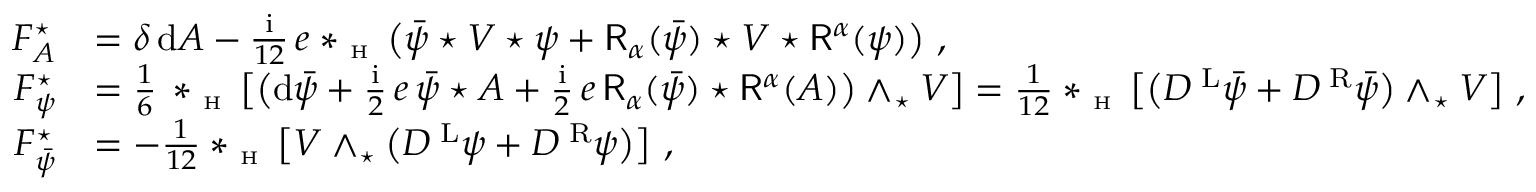
\begin{array} { r l } { F _ { A } ^ { \star } } & { = \delta \, \mathrm { d } A - \frac { { \mathrm { i } } } { 1 2 } \, e \ast _ { \textrm { \tiny H } } \big ( \bar { \psi } \star V \star \psi + \mathsf { R } _ { \alpha } ( \bar { \psi } ) \star V \star \mathsf { R } ^ { \alpha } ( \psi ) \big ) \ , } \\ { F _ { \psi } ^ { \star } } & { = \frac 1 6 \, \ast _ { \textrm { \tiny H } } \big [ \big ( \mathrm { d } \bar { \psi } + \frac { { \mathrm { i } } } { 2 } \, e \, \bar { \psi } \star A + \frac { { \mathrm { i } } } { 2 } \, e \, \mathsf { R } _ { \alpha } ( \bar { \psi } ) \star \mathsf { R } ^ { \alpha } ( A ) \big ) \wedge _ { \star } V \big ] = \frac { 1 } { 1 2 } \ast _ { \textrm { \tiny H } } \big [ \big ( D ^ { \mathrm { \tiny ~ L } } \bar { \psi } + D ^ { \mathrm { \tiny ~ R } } \bar { \psi } \big ) \wedge _ { \star } V \big ] \ , } \\ { F _ { \bar { \psi } } ^ { \star } } & { = - \frac { 1 } { 1 2 } \ast _ { \textrm { \tiny H } } \big [ V \wedge _ { \star } \big ( D ^ { \mathrm { \tiny ~ L } } \psi + D ^ { \mathrm { \tiny ~ R } } \psi \big ) \big ] \ , } \end{array}